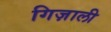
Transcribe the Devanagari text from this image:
गिज़ाली